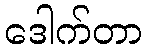
ဒေါက်တာ